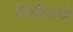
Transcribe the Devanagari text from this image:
निर्बंधाचे